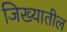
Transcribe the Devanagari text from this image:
जिख्यातील